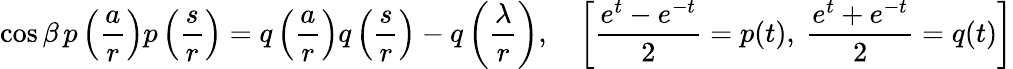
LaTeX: \cos\beta\, p\left({\frac{a}{r}}\right)p\left({\frac{s}{r}}\right)=q\left({\frac{a}{r}}\right)q\left({\frac{s}{r}}\right)-q\left({\frac{\lambda}{r}}\right),\quad\left[{\frac{e^{t}-e^{-t}}{2}}=p(t),\ {\frac{e^{t}+e^{-t}}{2}}=q(t)\right]